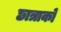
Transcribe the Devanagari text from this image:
छात्राको